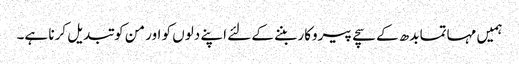
ہمیں مہاتما بدھ کے سچے پیروکار بننے کے لئے اپنے دلوں کو اور من کو تبدیل کرنا ہے۔